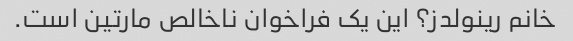
خانم رینولدز؟ این یک فراخوان ناخالص مارتین است.